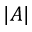
\left| A \right|